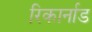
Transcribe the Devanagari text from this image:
रिकार्नाड